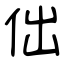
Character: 㑁